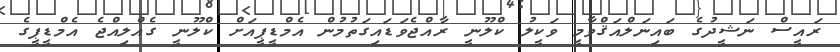
ރައީސް ނަޝީދުގެ ބައިނަލްއަޤްވާމީ ވަކީލު ކްލޫނީ ރާއްޖެވަޑައިގަތުމުން އެމްޑީޕީއަށް ކްލޫނީ ގެއްލިއްޖެ އެމްޑީޕީގެ